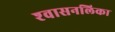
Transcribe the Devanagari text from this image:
श्‍वासनलिका